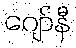
ဂျော်နီ